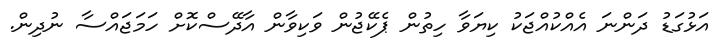
އަޅުގަޑު ދަންނަ އެއްކުއްޖަކު ކިޔަވާ ހިތުން ޕެކޭޖުން ވަކިވާން އާދޭސްކޮށް ހަމަޖައްސާ ނުދިން.